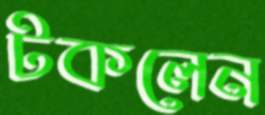
টকলেন